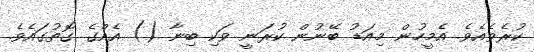
ކުރެވެއެވެ. އެމީހުން މިއަޑު ބޭނުން ކުރަނީ ވަކި ބިނާ () އެއްގެ ގޮތުގައެވެ.